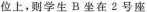
位上，则学生B坐在2号座